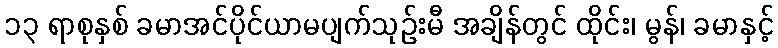
၁၃ ရာစုနှစ် ခမာအင်ပိုင်ယာမပျက်သုဉ်းမီ အချိန်တွင် ထိုင်း၊ မွန်၊ ခမာနှင့်